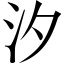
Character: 汐